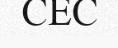
CEC